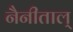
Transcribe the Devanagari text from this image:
नैनीताल्